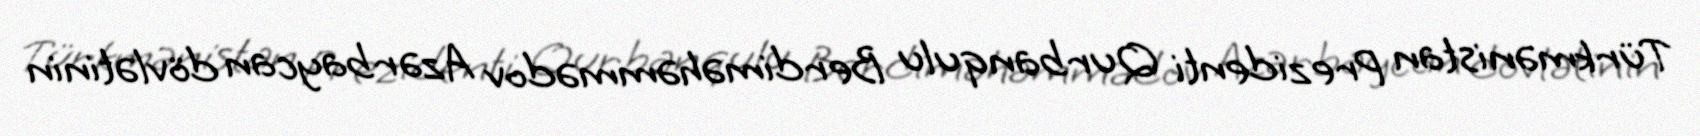
Türkmənistan Prezidenti Qurbanqulu Berdiməhəmmədov Azərbaycan dövlətinin